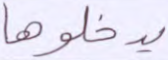
يدخلوها